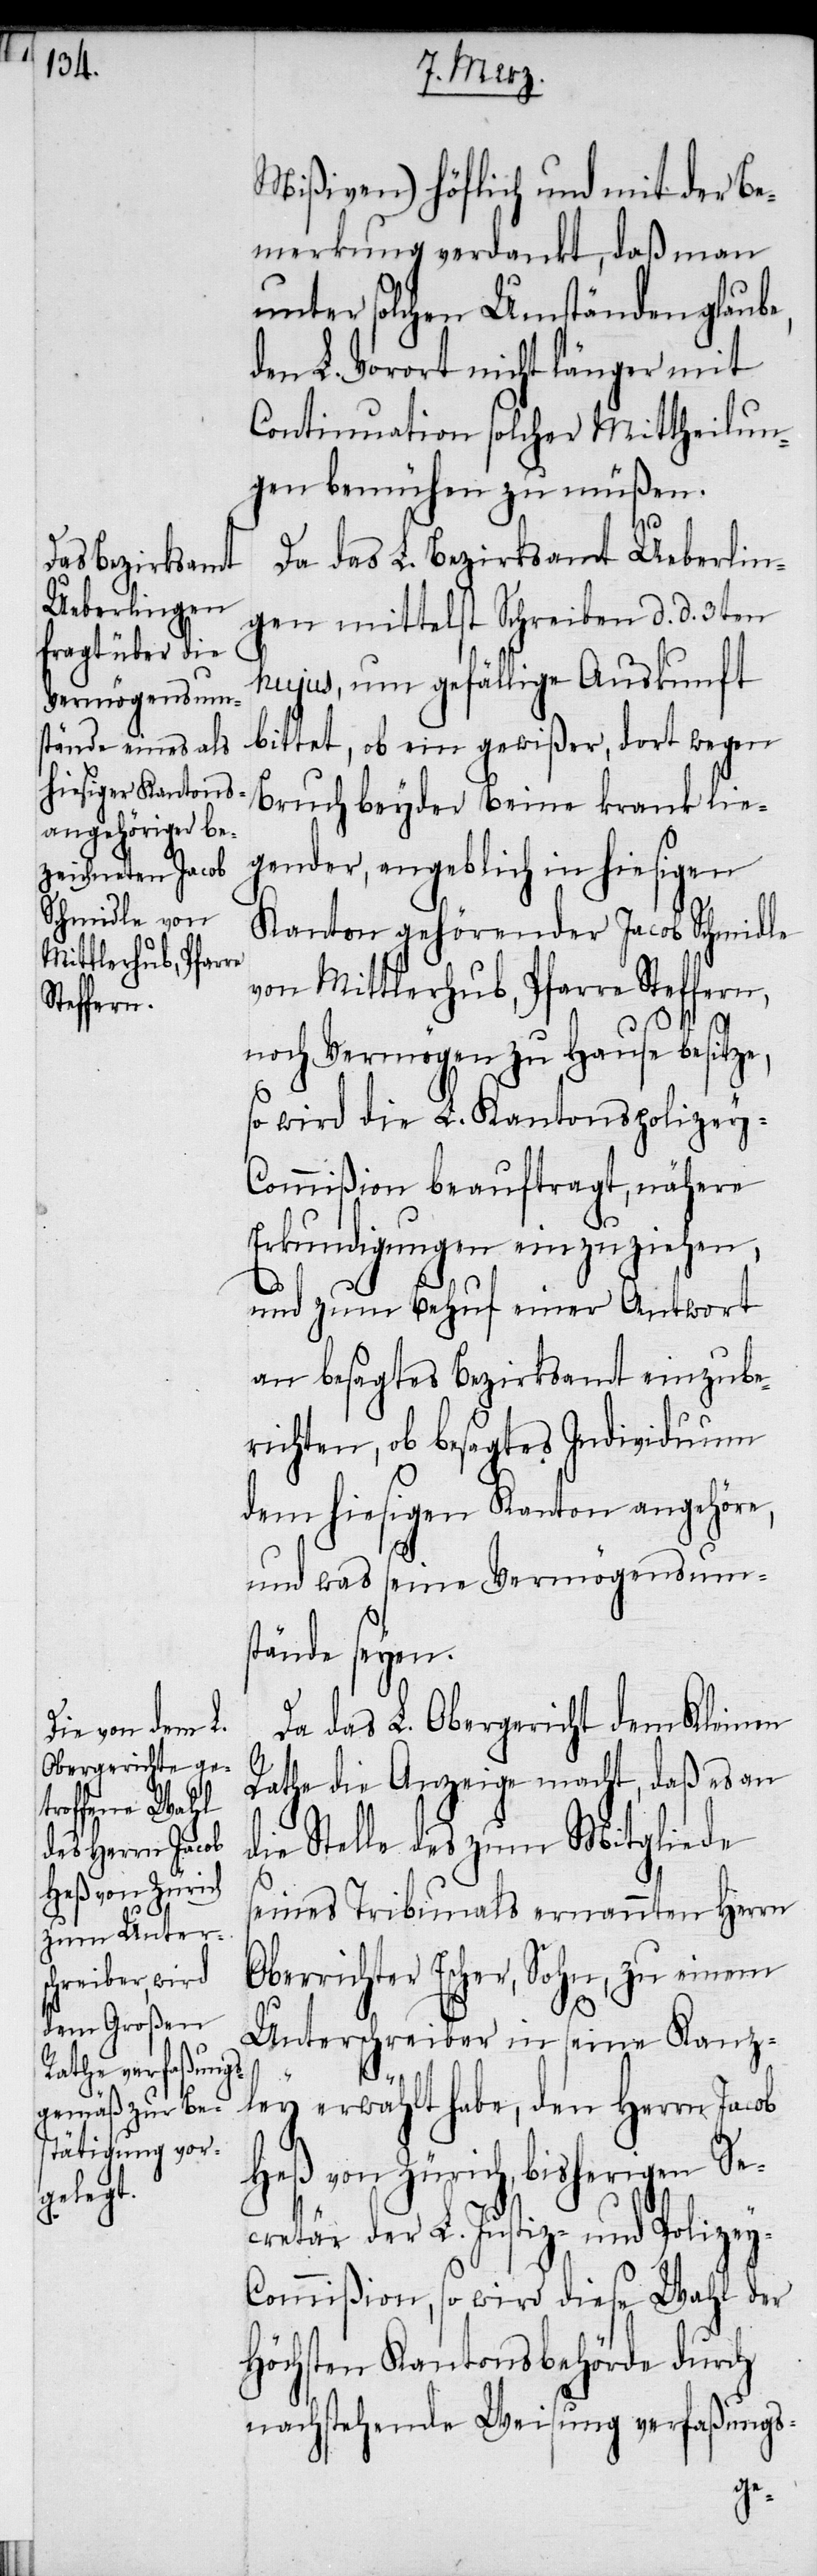
Mißiven) höflich und mit der Be¬
merkung verdankt, daß man
unter solchen Umständen glaube,
den L. Vorort nicht länger mit
Continuation solcher Mittheilun¬
gen bemühen zu müßen.
Da das L. Bezirksamt Ueberlin¬
gen mittelst Schreiben d. d. 3ten
hujus, um gefällige Auskunft
bittet, ob ein gewißer, dort wegen
Bruch beyder Beine krank lie¬
gender, angeblich in hiesigen
Kanton gehörender Jacob Schmidle
von Mittlerhub, Pfarre Steffern,
noch Vermögen zu Hause besitze,
so wird die L. Kantonspolizey-C¬
ommißion beauftragt, nähere
Erkundigungen einzuziehen,
und zum Behuf einer Antwort
an besagtes Bezirksamt einzube¬
richten, ob besagtes Individuum
dem hiesigen Kanton angehöre,
und was seine Vermögensums¬
tände seyen.
Da das L. Obergericht dem Kleinen
Rathe die Anzeige macht, daß es an
ie Stelle des zum Mitgliede
seines Tribunals ernannten Herrn
Oberrichter Escher, Sohn, zu einem
Unterschreiber in seiner Kanz¬
ley erwählt habe, den Herrn Jacob
Heß von Zürich, bisherigen Se¬
cretär der L. Justiz- und Polizey-C¬
ommißion, so wird diese Wahl der
Höchsten Kantonsbehörde durch
nachstehende Weisung verfaßungs-
d¬